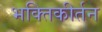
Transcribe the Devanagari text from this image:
भक्तिकीर्तन